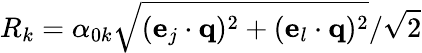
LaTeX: R_{k}=\alpha_{0k}\sqrt{(\mathbf{e}_{j}\cdot\mathbf{q})^{2}+(\mathbf{e}_{l}\cdot\mathbf{q})^{2}}/\sqrt{2}